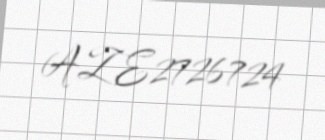
AZE2726724